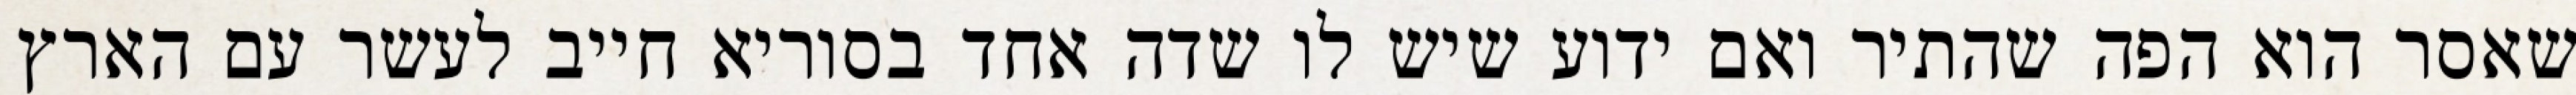
שאסר הוא הפה שהתיר ואם ידוע שיש לו שדה אחד בסוריא חייב לעשר עם הארץ